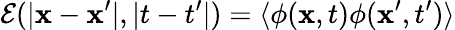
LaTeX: \mathcal{E}(|\mathbf{x}-\mathbf{x}^{\prime}|,|t-t^{\prime}|)=\langle\phi(\mathbf{x},t)\phi(\mathbf{x}^{\prime},t^{\prime})\rangle